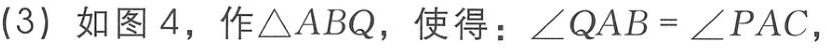
(3) 如图 4，作\(\triangle ABQ\)，使得：\(\angle QAB = \angle PAC\)，